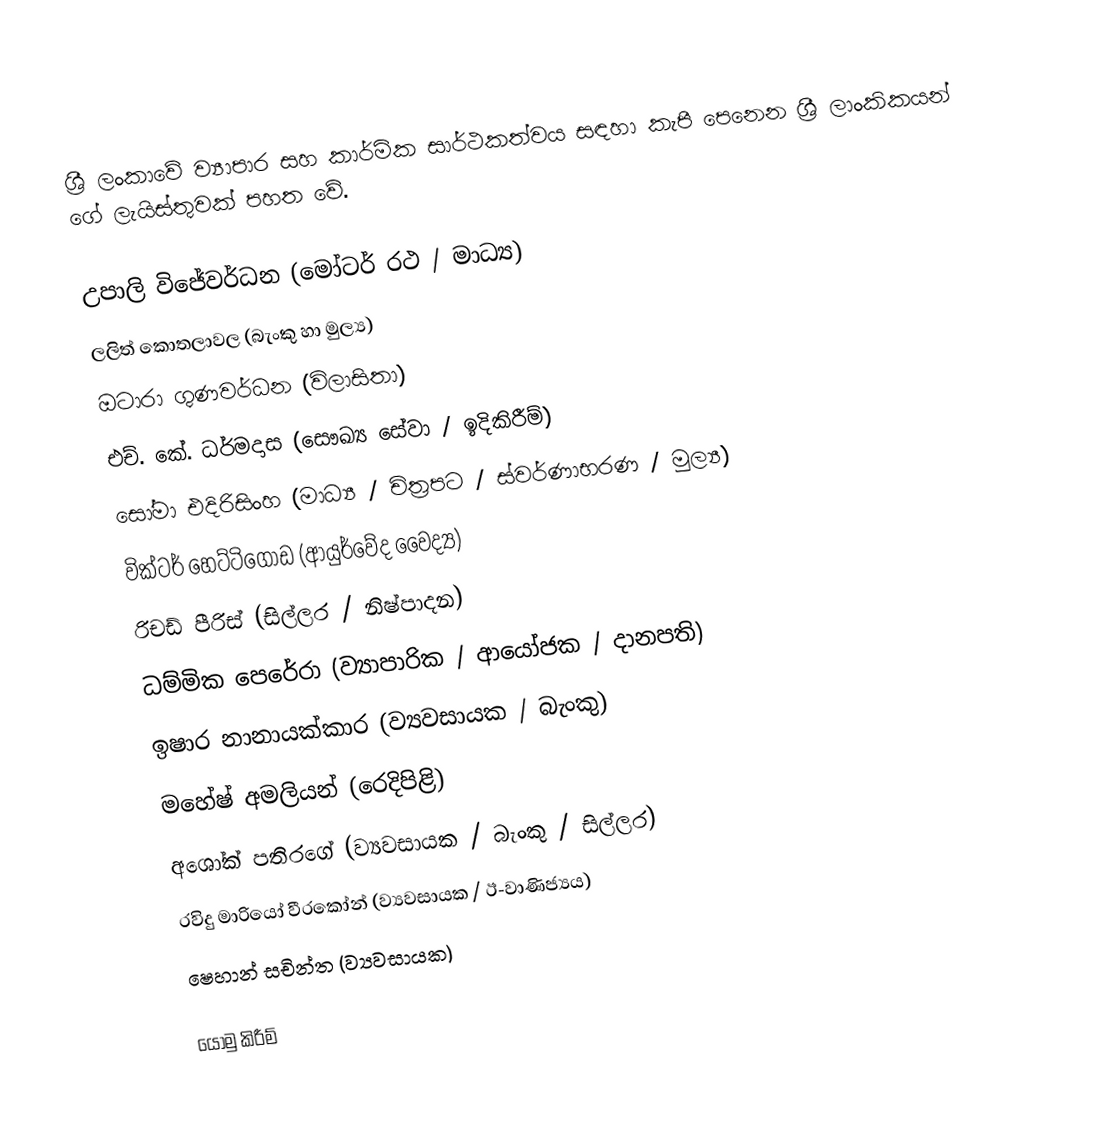
ශ්‍රී ලංකාවේ ව්‍යාපාර සහ කාර්මික සාර්ථකත්වය සඳහා කැපී පෙනෙන ශ්‍රී ලාංකිකයන් ගේ ලැයිස්තුවක් පහත වේ.

 උපාලි විජේවර්ධන (මෝටර් රථ / මාධ්‍ය)
 ලලිත් කොතලාවල (බැංකු හා මුල්‍ය)
 ඔටාරා ගුණවර්ධන (විලාසිතා)
 එච්. කේ. ධර්මදාස (සෞඛ්‍ය සේවා / ඉදිකිරීම්)
 සෝමා එදිරිසිංහ (මාධ්‍ය / චිත්‍රපට / ස්වර්ණාභරණ / මුල්‍ය)
 වික්ටර් හෙට්ටිගොඩ (ආයුර්වේද වෛද්‍ය)
 රිචඩ් පීරිස් (සිල්ලර / නිෂ්පාදන)
 ධම්මික පෙරේරා (ව්‍යාපාරික / ආයෝජක / දානපති)
 ඉෂාර නානායක්කාර (ව්‍යවසායක / බැංකු)
 මහේෂ් අමලියන් (රෙදිපිළි)
 අශෝක් පතිරගේ (ව්‍යවසායක / බැංකු / සිල්ලර)
 රවිදු මාරියෝ වීරකෝන් (ව්‍යවසායක / ඊ-වාණිජ්‍යය)
 ෂෙහාන් සචින්ත (ව්‍යවසායක)

යොමු කිරීම්